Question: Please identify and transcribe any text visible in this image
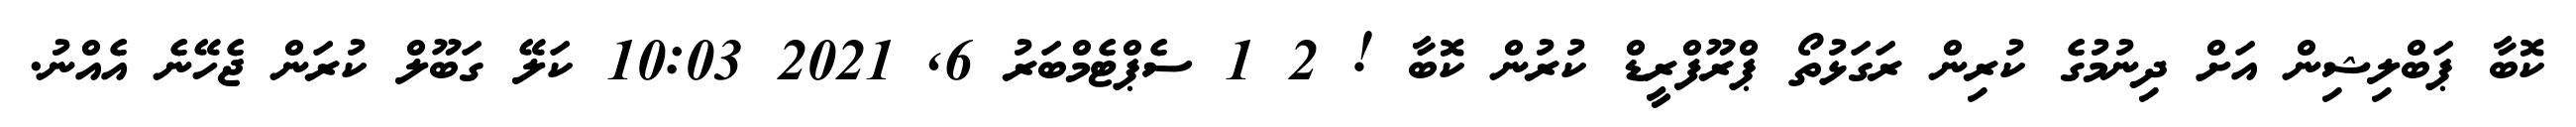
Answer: ކޮބާ ޕަބްލިޝިން އަށް ދިނުމުގެ ކުރިން ރަގަޅުތޯ ޕްރޫފްރީޑް ކުރުން ކޮބާ ! 2 1 ސެޕްޓެމްބަރު 6, 2021 10:03 ކަލޭ ގަބޫލް ކުރަން ޖެހޭނެ އެއްނު.